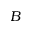
B